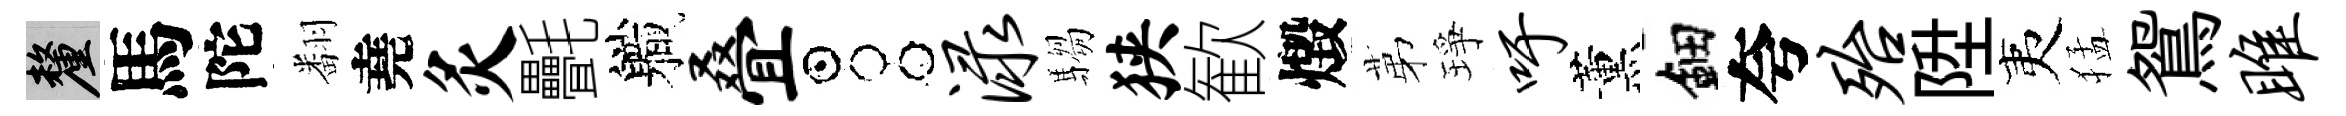
厘馬陀翻堯灸㲲軄叠占渌騶狭歓燬苐琤吁薰鈿夸殆陞夷猛鴛雎